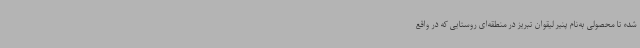
شده تا محصولی به‌نام پنیر لیقوان تبریز در منطقه‌ای روستایی که در واقع